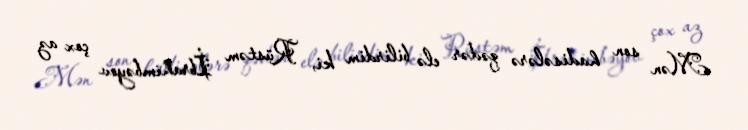
Mən son hadisələrə qədər elə bilirdim ki, Rüstəm İbrahimbəyov çox az